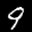
Label: 9